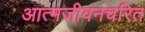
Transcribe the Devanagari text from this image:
आत्मजीवनचरित